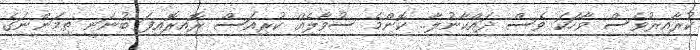
ކުރާއިރުވެސް ވާހަކަ ވެސް ދައްކާނުލާ.. ކޮންމެ ސުވާލެއް ކުރިއަސް ރޮއިރޮއިފަ ބުނަނީ ތިމަންނަގެ